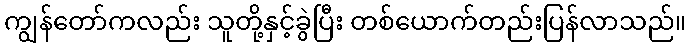
ကျွန်တော်ကလည်း သူတို့နှင့်ခွဲပြီး တစ်ယောက်တည်းပြန်လာသည်။